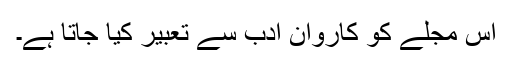
اس مجلے کو کاروان ادب سے تعبیر کیا جاتا ہے۔